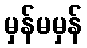
မှန်မမှန်